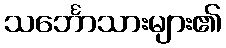
သင်္ဘောသားများ၏